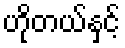
ဟိုတယ်နှင့်